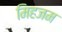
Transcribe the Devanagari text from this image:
मिहजम